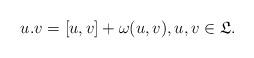
LaTeX: \begin{align*}u.v = [u, v] + \omega(u, v), u, v \in \mathfrak{L}.\end{align*}